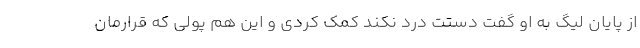
از پایان لیگ به او گفت دستت درد نکند کمک کردی و این هم پولی که قرارمان